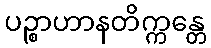
ပဉ္စာဟာနတိက္ကန္တေ